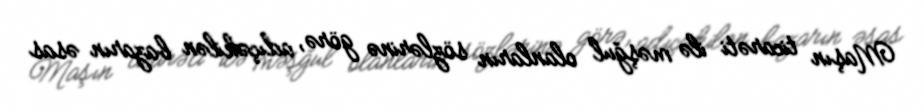
Maşın ticarəti ilə məşğul olanların sözlərinə görə, adıçəkilən bazarın əsas